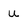
Character: U